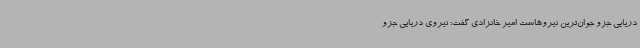
دریایی جزو جوان‌ترین نیروهاست امیر خانزادی گفت: نیروی دریایی جزو